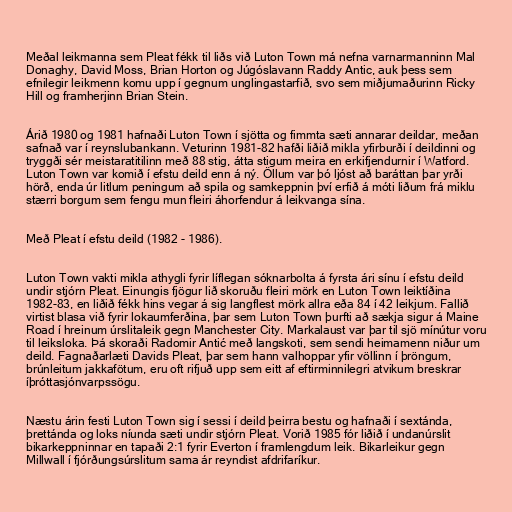
Meðal leikmanna sem Pleat fékk til liðs við Luton Town má nefna varnarmanninn Mal
Donaghy, David Moss, Brian Horton og Júgóslavann Raddy Antic, auk þess sem
efnilegir leikmenn komu upp í gegnum unglingastarfið, svo sem miðjumaðurinn Ricky
Hill og framherjinn Brian Stein.

Árið 1980 og 1981 hafnaði Luton Town í sjötta og fimmta sæti annarar deildar, meðan
safnað var í reynslubankann. Veturinn 1981-82 hafði liðið mikla yfirburði í deildinni og
tryggði sér meistaratitilinn með 88 stig, átta stigum meira en erkifjendurnir í Watford.
Luton Town var komið í efstu deild enn á ný. Öllum var þó ljóst að baráttan þar yrði
hörð, enda úr litlum peningum að spila og samkeppnin því erfið á móti liðum frá miklu
stærri borgum sem fengu mun fleiri áhorfendur á leikvanga sína.

Með Pleat í efstu deild (1982 - 1986).

Luton Town vakti mikla athygli fyrir líflegan sóknarbolta á fyrsta ári sínu í efstu deild
undir stjórn Pleat. Einungis fjögur lið skoruðu fleiri mörk en Luton Town leiktíðina
1982-83, en liðið fékk hins vegar á sig langflest mörk allra eða 84 í 42 leikjum. Fallið
virtist blasa við fyrir lokaumferðina, þar sem Luton Town þurfti að sækja sigur á Maine
Road í hreinum úrslitaleik gegn Manchester City. Markalaust var þar til sjö mínútur voru
til leiksloka. Þá skoraði Radomir Antić með langskoti, sem sendi heimamenn niður um
deild. Fagnaðarlæti Davids Pleat, þar sem hann valhoppar yfir völlinn í þröngum,
brúnleitum jakkafötum, eru oft rifjuð upp sem eitt af eftirminnilegri atvikum breskrar
íþróttasjónvarpssögu.

Næstu árin festi Luton Town sig í sessi í deild þeirra bestu og hafnaði í sextánda,
þrettánda og loks níunda sæti undir stjórn Pleat. Vorið 1985 fór liðið í undanúrslit
bikarkeppninnar en tapaði 2:1 fyrir Everton í framlengdum leik. Bikarleikur gegn
Millwall í fjórðungsúrslitum sama ár reyndist afdrifaríkur.